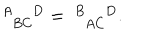
\ _ { \; \; B C } ^ { A \; D } = \ _ { \; \; A C } ^ { B \; D } .